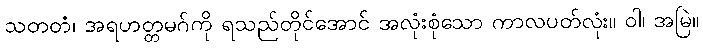
သတတံ၊ အရဟတ္တမဂ်ကို ရသည်တိုင်အောင် အလုံးစုံသော ကာလပတ်လုံး။ ဝါ၊ အမြဲ။